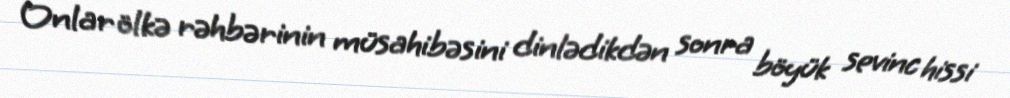
Onlar ölkə rəhbərinin müsahibəsini dinlədikdən sonra böyük sevinc hissi